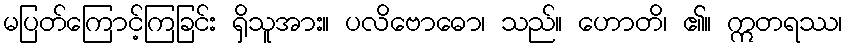
မပြတ်ကြောင့်ကြခြင်း ရှိသူအား။ ပလိဗောဓော၊ သည်။ ဟောတိ၊ ၏။ ဣတရဿ၊